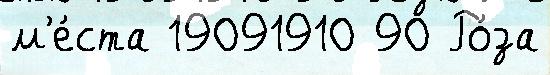
м'е́ста 19091910 90 Ро́за